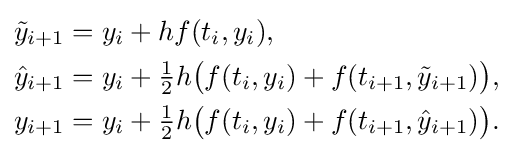
{\begin{aligned}{\tilde {y}}_{i+1}&=y_{i}+hf(t_{i},y_{i}),\\{\hat {y}}_{i+1}&=y_{i}+{\tfrac {1}{2}}h{\bigl (}f(t_{i},y_{i})+f(t_{i+1},{\tilde {y}}_{i+1}){\bigr )},\\y_{i+1}&=y_{i}+{\tfrac {1}{2}}h{\bigl (}f(t_{i},y_{i})+f(t_{i+1},{\hat {y}}_{i+1}){\bigr )}.\end{aligned}}